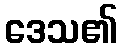
ဒေသ၏